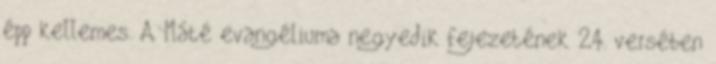
épp kellemes. A Máté evangéliuma negyedik fejezetének 24. versében